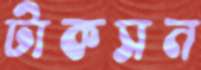
টাকসন